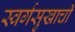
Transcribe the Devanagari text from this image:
स्वर्गसुखाची